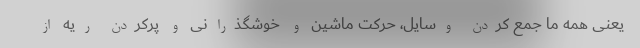
یعنی همه ما جمع کردن وسایل، حرکت ماشین و خوشگذرانی و پرکردن ریه از